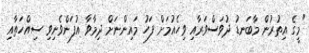
"މީގެ އިތުރުން މާބަނޑު ދުވަސްވަރާއި ވިހެއުމަށް ފަހު މައިންނަށް ދިމާވާ އުފަންވެނިވި ސިއްހަތާއި